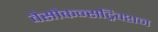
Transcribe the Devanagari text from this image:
वेसोकन्सट्रिक्शन